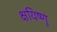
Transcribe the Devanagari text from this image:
क्षयिष्णु